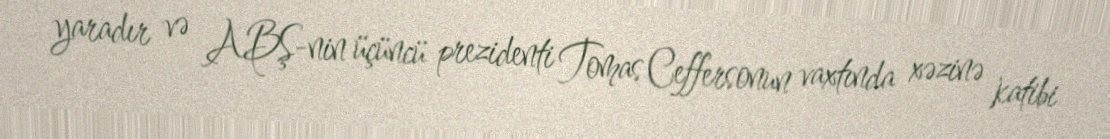
yaradır və ABŞ-nin üçüncü prezidenti Tomas Ceffersonun vaxtında xəzinə katibi